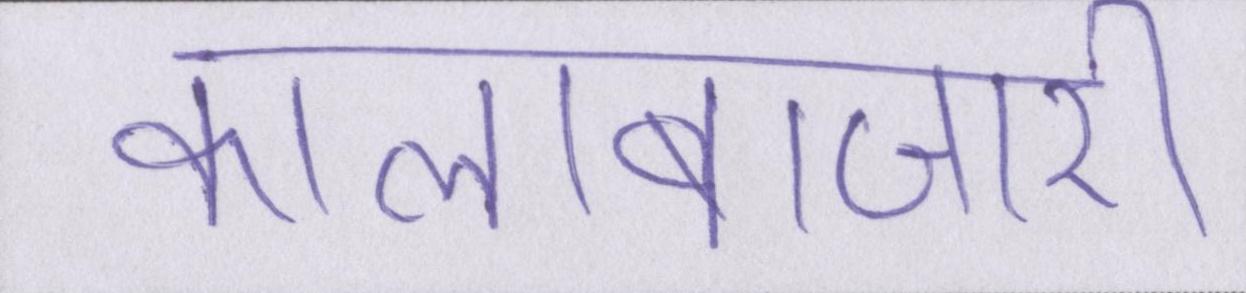
कालाबाजारी